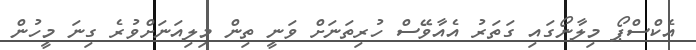
އެކްސްޕޯ މިލާނޯގައި ގަތަރު އެއާވޭސް ހުރިތަނަށް ވަނީ ތިން މިލިއަނަށްވުރެ ގިނަ މީހުން